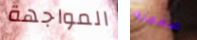
المواجهة صممته